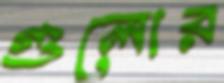
গুলোর